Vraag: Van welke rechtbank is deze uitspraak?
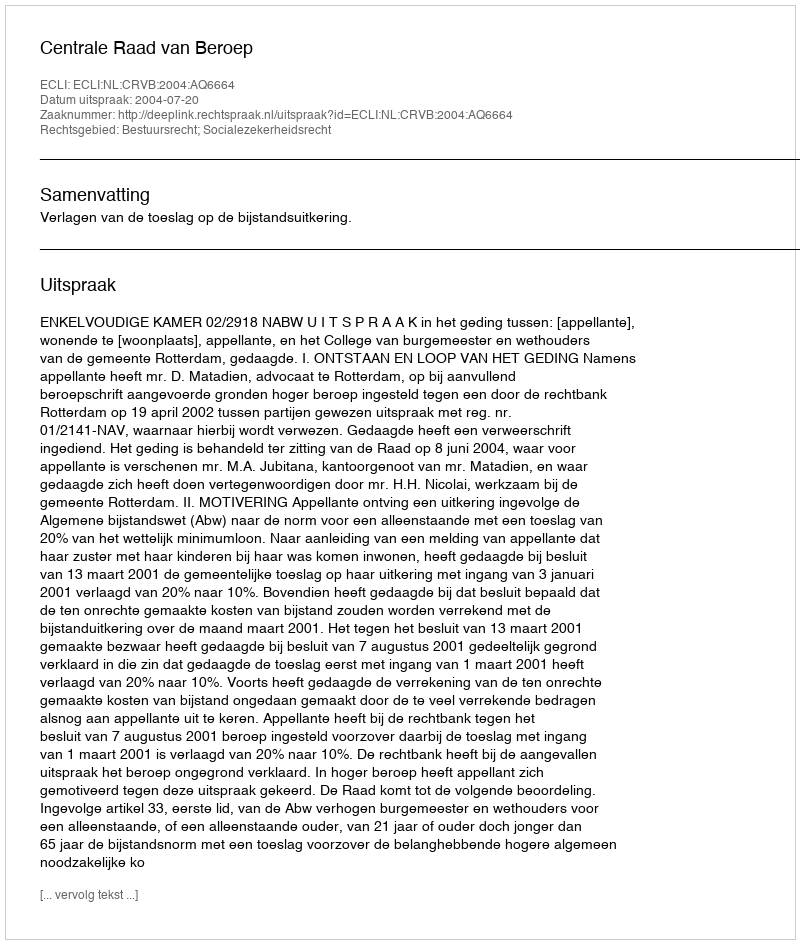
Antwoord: Centrale Raad van Beroep